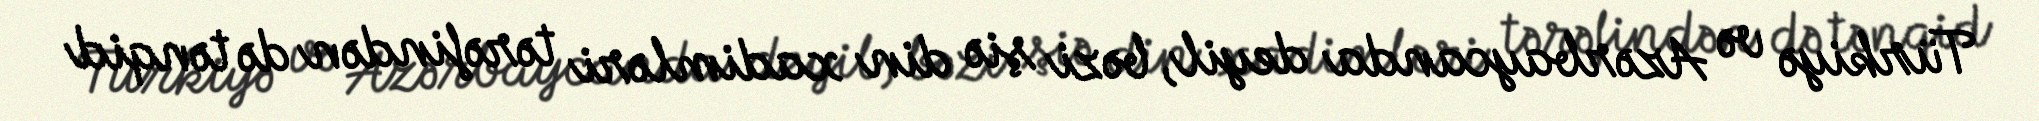
Türkiyə və Azərbaycanda deyil, bəzi şiə din xadimləri tərəfindən də tənqid